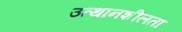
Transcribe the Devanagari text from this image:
उत्थानशीलता